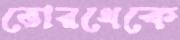
ভোরথেকে